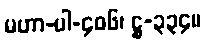
မဟာ-ပါ-၄၀၆၊ ဋ္ဌ-၃၃၄။